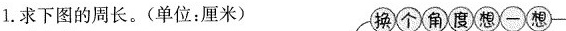
1.求下图的周长。(单位：厘米) 换个角度想一想